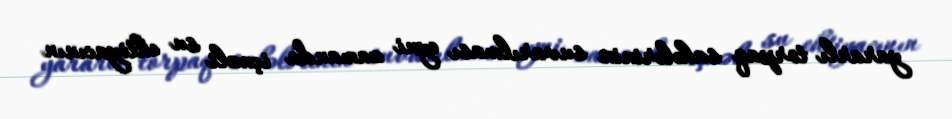
yararlı torpaq sahələrinin suvarılması eyni zamanda içməli su ehtiyacının